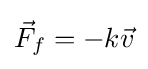
{\vec {F}}_{f}=-k{\vec {v}}